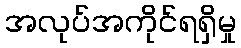
အလုပ်အကိုင်ရရှိမှု